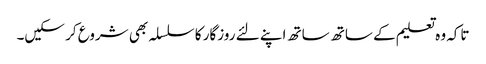
تاکہ وہ تعلیم کے ساتھ ساتھ اپنے لئے روزگار کا سلسلہ بھی شروع کر سکیں۔